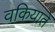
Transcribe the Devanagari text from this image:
वकियाते